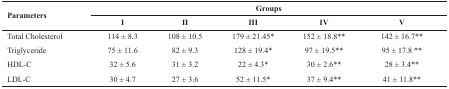
| <ROWSPAN=2> Parameters | <COLSPAN=5> Groups |
 | I | II | III | IV | V |
 | --- | --- | --- | --- | --- | --- |
 | Total Cholesterol | 114 ± 8.3 | 108 ± 10.5 | 179 ± 21.45* | 152 ± 18.8** | 142 ± 16.7** |
 | Triglyceride | 75 ± 11.6 | 82 ± 9.3 | 128 ± 19.4* | 97 ± 19.5** | 95 ± 17.8 ** |
 | HDL-C | 32 ± 5.6 | 31 ± 3.2 | 22 ± 4.3* | 30 ± 2.6** | 28 ± 3.4** |
 | LDL-C | 30 ± 4.7 | 27 ± 3.6 | 52 ± 11.5* | 37 ± 9.4** | 41 ± 11.8** |